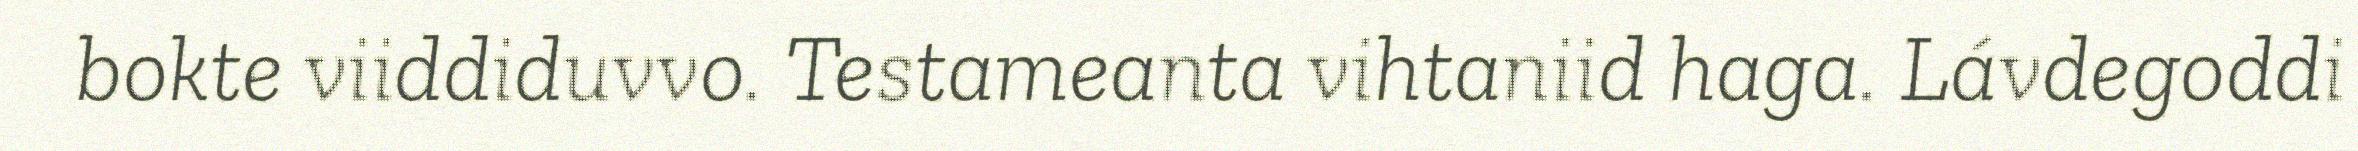
bokte viiddiduvvo. Testameanta vihtaniid haga. Lávdegoddi